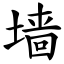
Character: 墙